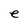
Character: e